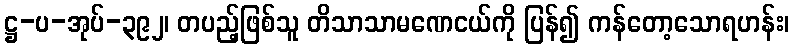
ဋ္ဌ-ပ-အုပ်-၃၉၂၊ တပည့်ဖြစ်သူ တိသာသာမဏေငယ်ကို ပြန်၍ ကန်တော့သောရဟန်း၊